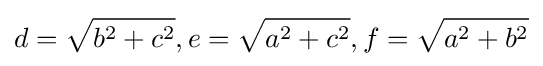
d={\sqrt {b^{2}+c^{2}}},e={\sqrt {a^{2}+c^{2}}},f={\sqrt {a^{2}+b^{2}}}